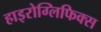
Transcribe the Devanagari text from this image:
हाइरोग्लिफिक्स